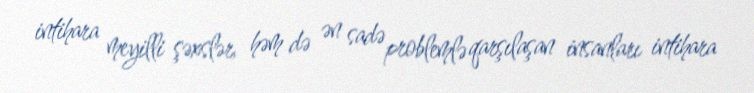
intihara meyilli şəxslər, həm də ən sadə problemlə qarşılaşan insanları intihara